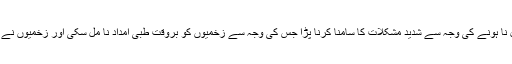
سیہون شریف میں کوئی بڑا ہسپتال نا ہونے کی وجہ سے شدید مشکلات کا سامنا کرنا پڑا جس کی وجہ سے زخمیوں کو بروقت طبی امداد نا مل سکی اور زخمیوں نے تڑپ تڑپ کر اپنی جانیں دے دیں۔